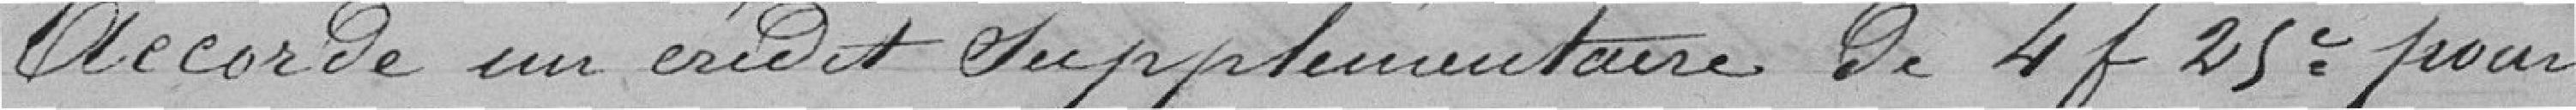
accorde un crédit supplémentaire de 4 francs 25 centimes pour